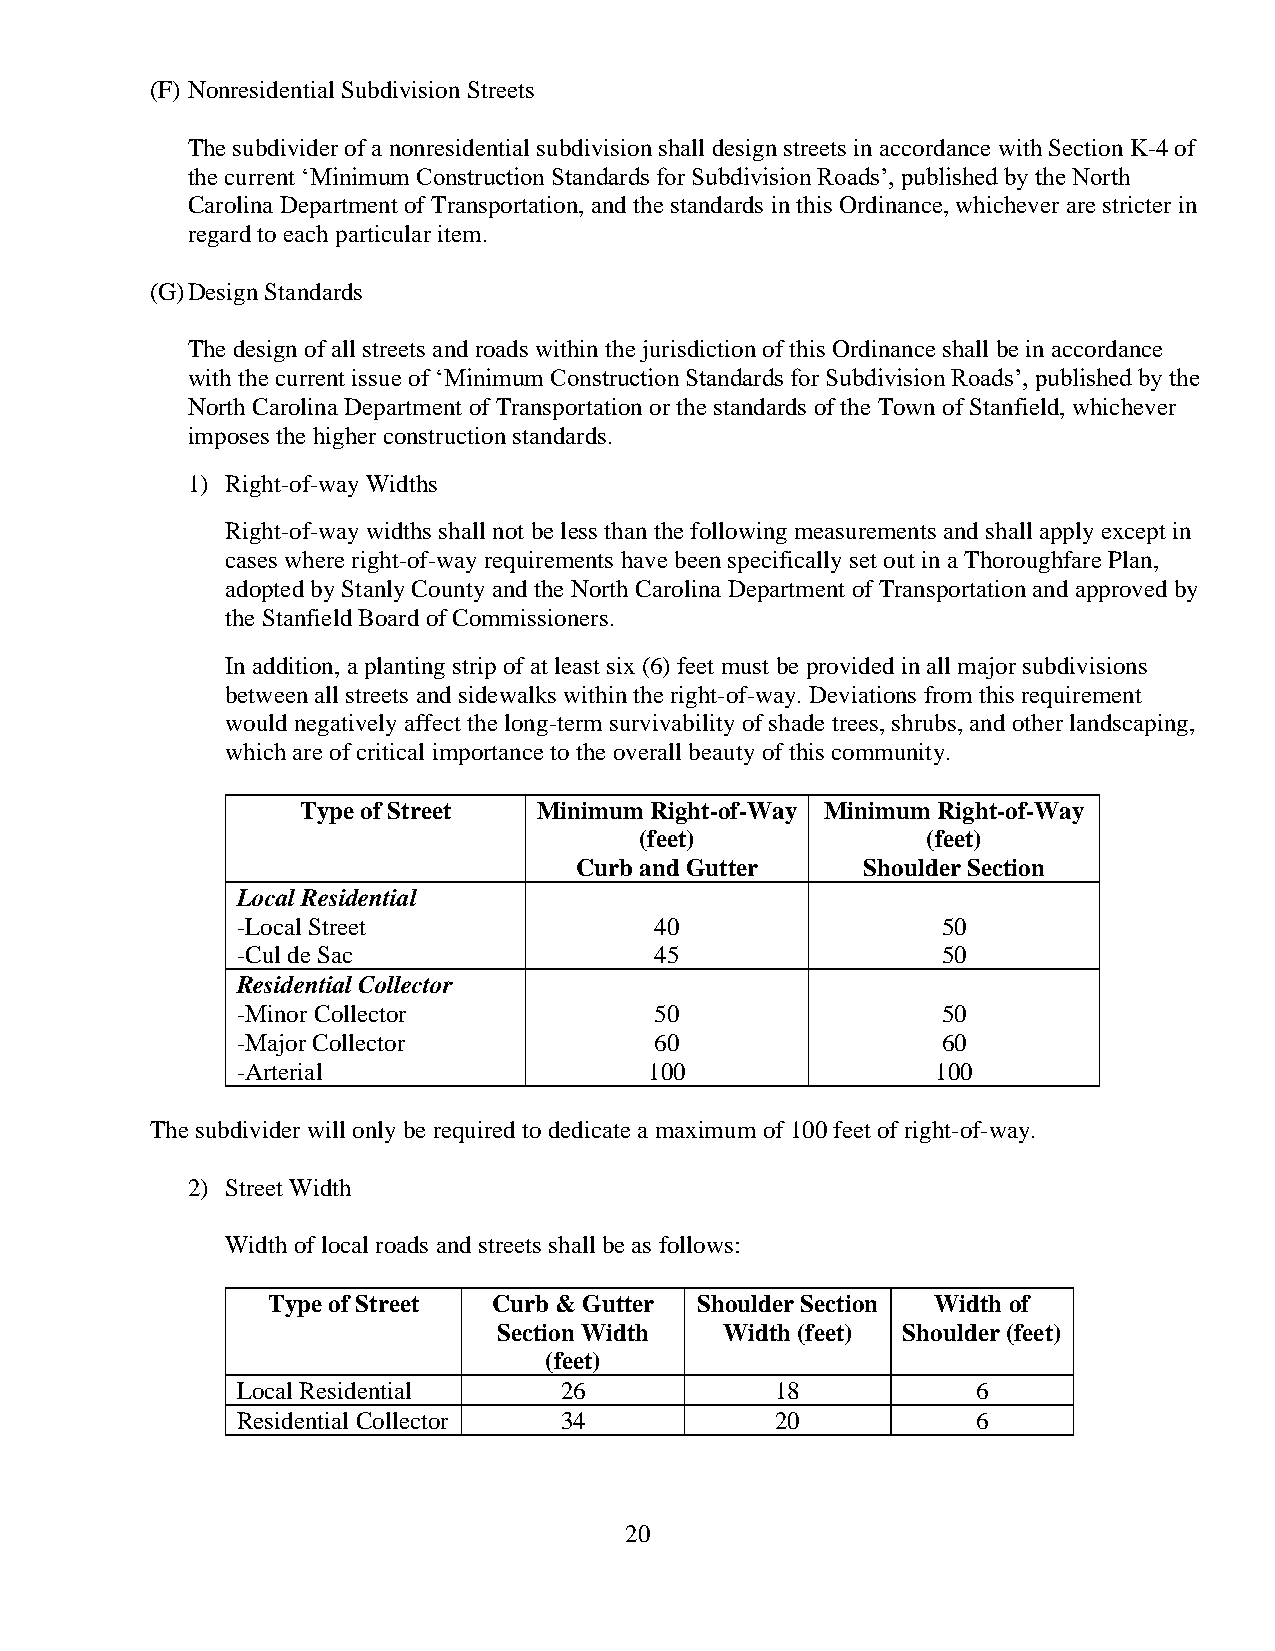
(F) Nonresidential Subdivision Streets
 The subdivider of a nonresidential subdivision shall design streets in accordance with Section K-4 of
 the current ‘Minimum Construction Standards for Subdivision Roads’, published by the North
 Carolina Department of Transportation, and the standards in this Ordinance, whichever are stricter in
 regard to each particular item.
 (G) Design Standards
 The design of all streets and roads within the jurisdiction of this Ordinance shall be in accordance
 with the current issue of ‘Minimum Construction Standards for Subdivision Roads’, published by the
 North Carolina Department of Transportation or the standards of the Town of Stanfield, whichever
 imposes the higher construction standards.
 1) Right-of-way Widths
 Right-of-way widths shall not be less than the following measurements and shall apply except in
 cases where right-of-way requirements have been specifically set out in a Thoroughfare Plan,
 adopted by Stanly County and the North Carolina Department of Transportation and approved by
 the Stanfield Board of Commissioners.
 In addition, a planting strip of at least six (6) feet must be provided in all major subdivisions
 between all streets and sidewalks within the right-of-way. Deviations from this requirement
 would negatively affect the long-term survivability of shade trees, shrubs, and other landscaping,
 which are of critical importance to the overall beauty of this community.
 Type of Street  Minimum Right-of-Way Minimum Right-of-Way
 (feet)             (feet)
 Curb and Gutter    Shoulder Section
 Local Residential
 -Local Street              40                 50
 -Cul de Sac                45                 50
 Residential Collector
 -Minor Collector           50                 50
 -Major Collector           60                 60
 -Arterial                  100                100
 The subdivider will only be required to dedicate a maximum of 100 feet of right-of-way.
 2) Street Width
 Width of local roads and streets shall be as follows:
 Type of Street Curb & Gutter Shoulder Section Width of
 Section Width  Width (feet) Shoulder (feet)
 (feet)
 Local Residential    26            18            6
 Residential Collector 34           20            6
 20